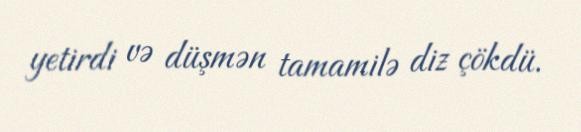
yetirdi və düşmən tamamilə diz çökdü.